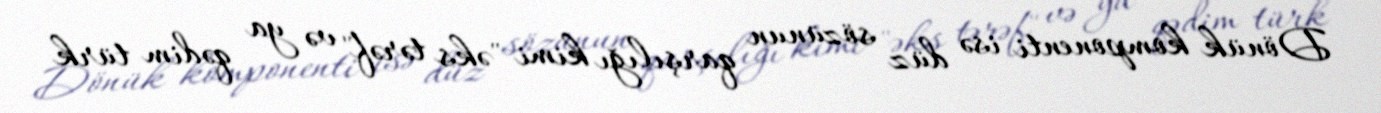
Dönük komponenti isə düz sözünun qarşılığı kimi "əks tərəf" və ya qədim türk